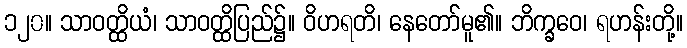
၁၂၀။ သာဝတ္ထိယံ၊ သာဝတ္ထိပြည်၌။ ဝိဟရတိ၊ နေတော်မူ၏။ ဘိက္ခဝေ၊ ရဟန်းတို့။